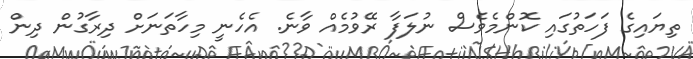
ތިޔައިގެ ފަހަތުގައި ކޮންމެވެސް ނުލަފާ ރޭވުމެއް ވާނެ. އެހެނީ މިހާތަނަށް ދިރާގުން ދިން